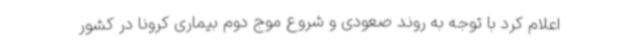
اعلام کرد با توجه به روند صعودی و شروع موج دوم بیماری کرونا در کشور